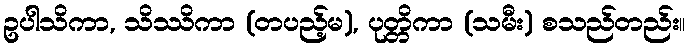
ဥပါသိကာ, သိဿိကာ (တပည့်မ), ပုတ္တိကာ (သမီး) စသည်တည်း။